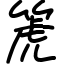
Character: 箎